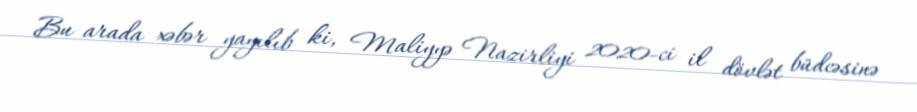
Bu arada xəbər yayılıb ki, Maliyyə Nazirliyi 2020-ci il dövlət büdcəsinə